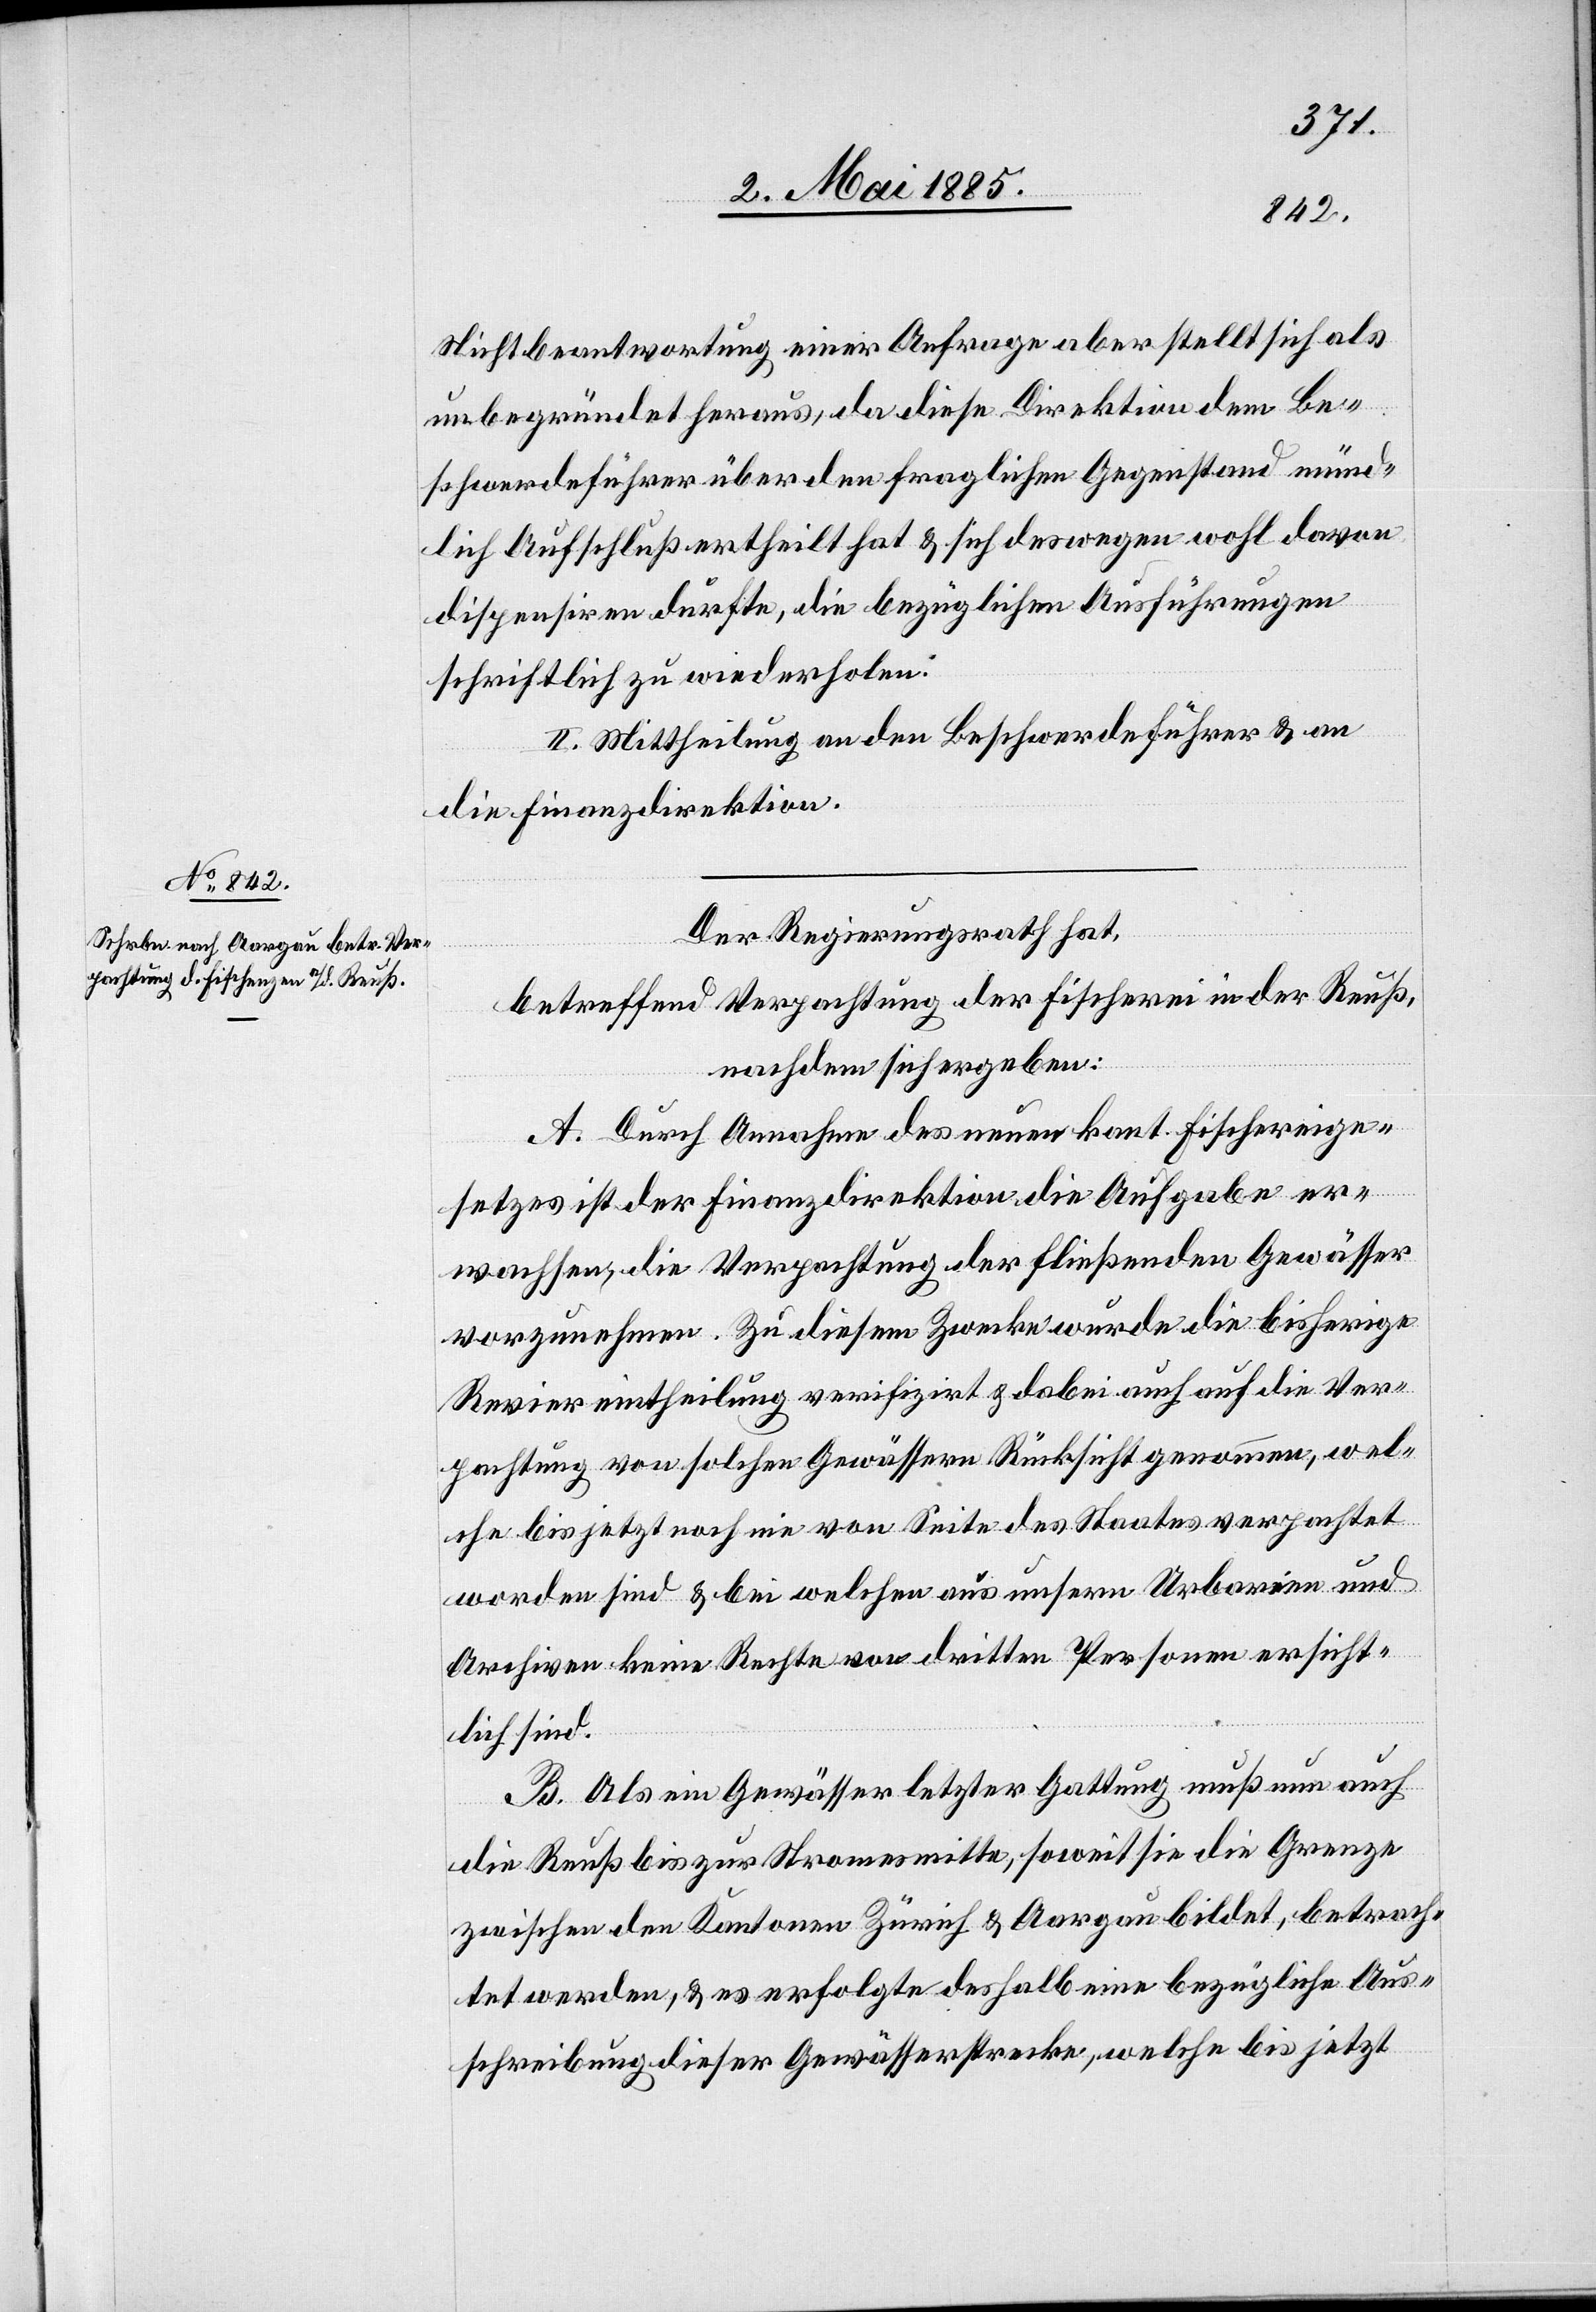
Nichtbeantwortung einer Anfrage aber stellt sich als
unbegründet heraus, da diese Direktion dem Be¬
schwerdeführer über den fraglichen Gegenstand münd¬
lich Aufschluß ertheilt hat & sich deswegen wohl davon
dispensiren durfte, die bezüglichen Ausführungen
schriftlich zu wiederholen.
II. Mittheilung an den Beschwerdeführer & an
die Finanzdirektion.
Der Regierungsrath hat,
betreffend Verpachtung der Fischerei in der Reuß,
nachdem sich ergeben:
A. Durch Annahme des neuen kant. Fischereige¬
setztes ist der Finanzdirektion die Aufgabe er¬
wachsen, die Verpachtung der fließenden Gewässer
vorzunehmen. Zu diesem Zwecke wurde die bisherige
Reviereintheilung verifiziert & dabei auch auf die Ver¬
pachtung von solchen Gewässern Rücksicht genommen, wel¬
che bis jetzt noch nie von Seite des Staates verpachtet
worden sind & bei welchen aus unsern Urbarien und
Archiven keine Rechte von dritten Personen ersicht¬
lich sind.
B. Als ein Gewässer letzter Gattung muß neu auch
die Reuß bis zur Stromesmitte, soweit sie die Grenze
zwischen den Kantonen Zürich & Aargau bildet, betrach¬
tet werden, & es erfolgte deshalb eine bezügliche Aus¬
schreibung dieser Gewässerstrecke, welche bis jetzt